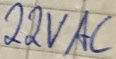
Text: 22VAC